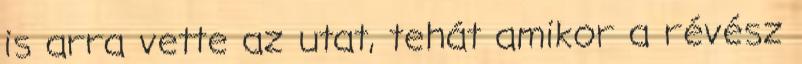
is arra vette az utat, tehát amikor a révész